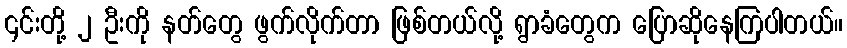
၎င်းတို့ ၂ ဦးကို နတ်တွေ ဖွက်လိုက်တာ ဖြစ်တယ်လို့ ရွာခံတွေက ပြောဆိုနေကြပါတယ်။